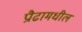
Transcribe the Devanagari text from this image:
प्रौढामधील